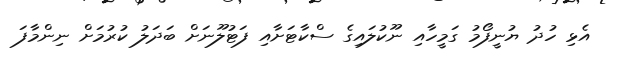
އެޅި ހުދު ޔުނީފޯމު ގަމީހާއި ނޫކުލައިގެ ސްކާޓަށާއި ފަޓުލޫނަށް ބަދަލު ކުރުމަށް ނިންމާފަ